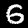
Digit: 6